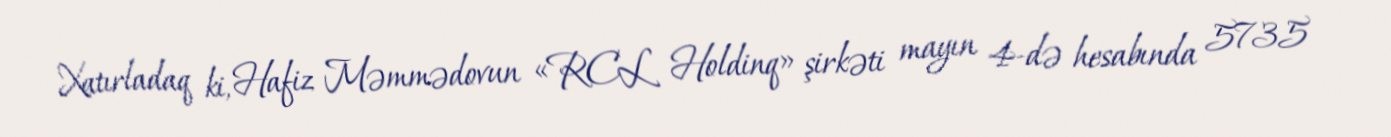
Xatırladaq ki, Hafiz Məmmədovun «RCL Holdinq» şirkəti mayın 4-də hesabında 5735